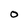
Character: O